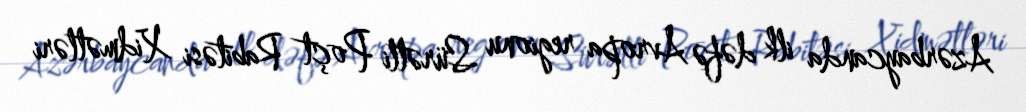
Azərbaycanda ilk dəfə Avropa regionu Sürətli Poçt Rabitəsi Xidmətləri